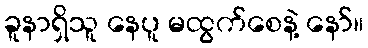
ခူနာရှိသူ နေပူ မထွက်စေနဲ့ နော်။